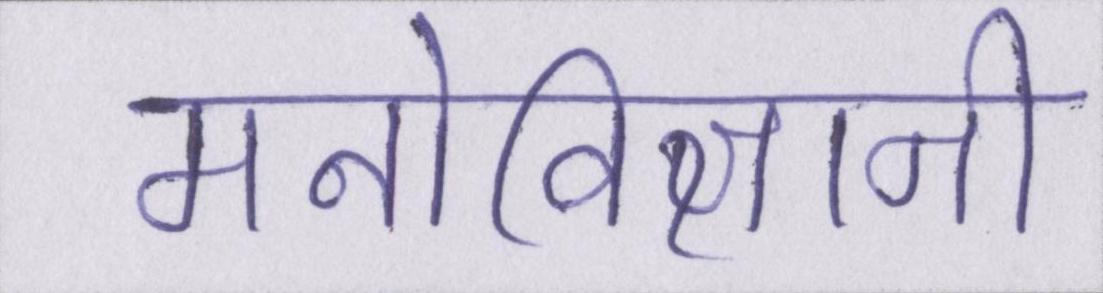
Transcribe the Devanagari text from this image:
मनोविज्ञानी